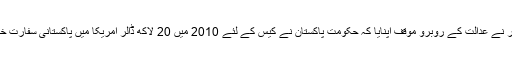
وکیل درخواست گزار نے عدالت کے روبرو موقف اپنایا کہ حکومتِ پاکستان نے کیس کے لئے 2010 میں 20 لاکھ ڈالر امریکا میں پاکستانی سفارت خانے کو جاری کئے۔